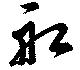
船